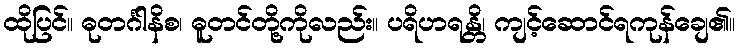
ထိုပြင်။ ဓုတင်္ဂါနိစ၊ ဓူတင်တို့ကိုလည်း။ ပရိဟရန္တိ၊ ကျင့်ဆောင်ရကုန်ချေ၏။